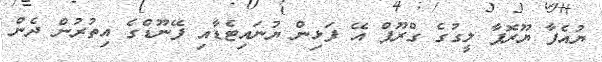
ޔުއެފާ ޔޫރޮޕާ ލީގުގެ ގްރޫޕް އޭ ފަޅިން ޔުނައިޓެޑާއި ފޭނޫޑްގެ އިތުރުން ދެން